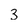
Character: 3